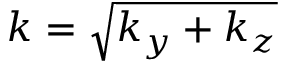
k = \sqrt { k _ { y } + k _ { z } }